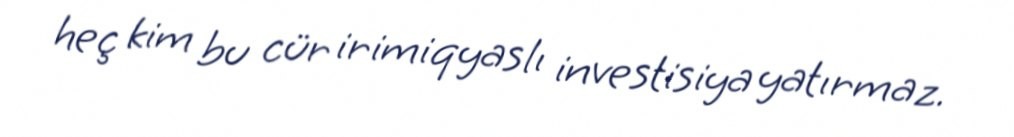
heç kim bu cür irimiqyaslı investisiya yatırmaz.